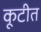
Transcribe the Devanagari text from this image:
कूटीत